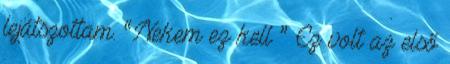
lejátszottam. “Nekem ez kell ” Ez volt az első